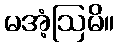
မအံ့ဩမိ။